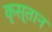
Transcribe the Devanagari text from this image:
कृस्तान